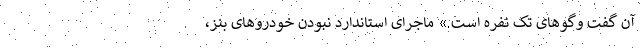
آن گفت وگوهای تک نفره است.» ماجرای استاندارد نبودن خودروهای بنز،